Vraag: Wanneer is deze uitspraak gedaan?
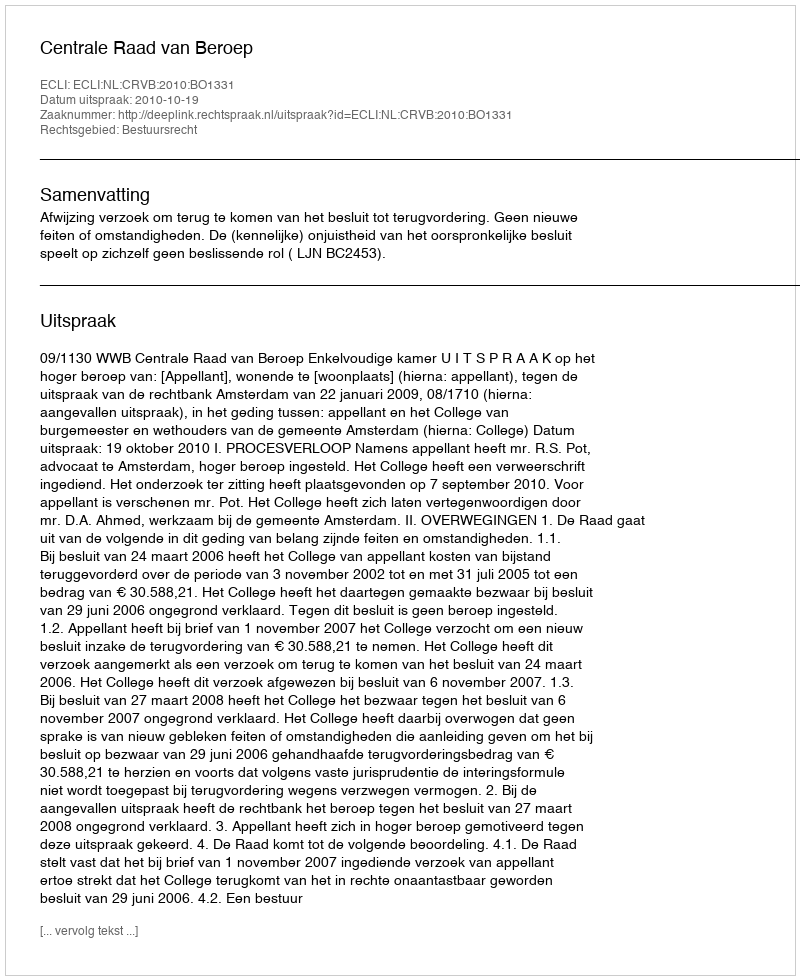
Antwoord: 2010-10-19